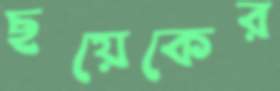
ছয়েকের